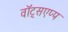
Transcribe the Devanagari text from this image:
वॉट्सएप्प